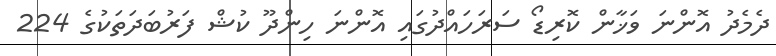
ދެމެދު އޮންނަ ވަޚާން ކޮރިޑޯ ސަރަހައްދުގައި އޮންނަ ހިންދޫ ކުޝް ފަރުބަދަތަކުގެ 224